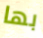
بها